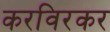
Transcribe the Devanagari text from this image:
करविरकर